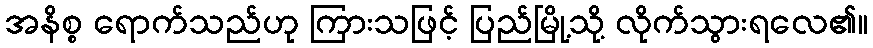
အနိစ္စ ရောက်သည်ဟု ကြားသဖြင့် ပြည်မြို့သို့ လိုက်သွားရလေ၏။